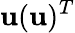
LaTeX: {\mathbf u}({\mathbf u})^{T}